Document type: Sale
Year: 1354
Scribe: Bernat de Torre
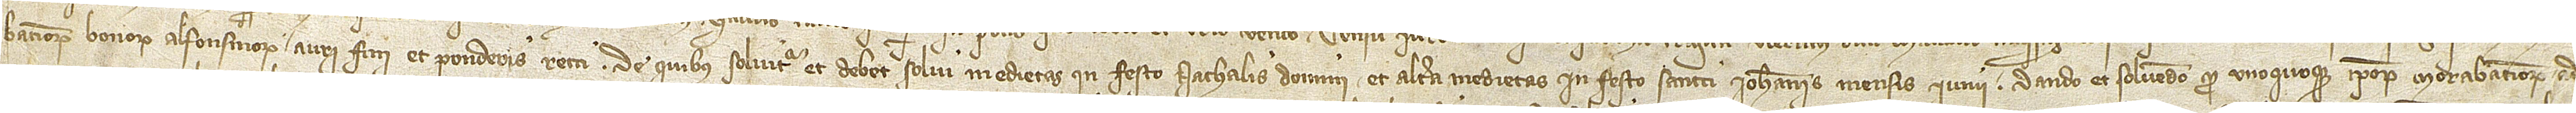
batinorum bonorum alfonsinorum auri fini et ponderis recti, de quibus solvitur et debet solvi medietas in festo Nathalis Domini, et altera medietas in festo Sancti Iohannis mensis iunii. Dando et solvendo pro unoquoque ipsorum morabatinorum ad